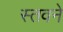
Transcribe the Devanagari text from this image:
स्तवने